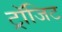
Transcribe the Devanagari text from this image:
ट्रॉजिट